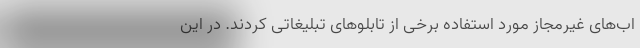
اب‌های غیرمجاز مورد استفاده برخی از تابلوهای تبلیغاتی کردند. در این